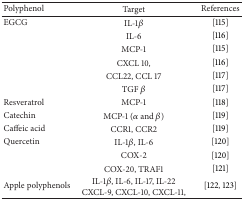
| Polyphenol | Target | References |
 | --- | --- | --- |
 | EGCG | IL-1β | [115] |
 |  | IL-6 | [116] |
 |  | MCP-1 | [115] |
 |  | CXCL 10, | [116] |
 |  | CCL22, CCL 17 | [117] |
 |  | TGF β | [117] |
 | Resveratrol | MCP-1 | [118] |
 | Catechin | MCP-1 (α and β) | [119] |
 | Caffeic acid | CCR1, CCR2 | [119] |
 | Quercetin | IL-1β, IL-6 | [120] |
 |  | COX-2 | [120] |
 |  | COX-20, TRAF1 | [121] |
 | Apple polyphenols | IL-1β, IL-6, IL-17, IL-22CXCL-9, CXCL-10, CXCL-11, | [122, 123] |